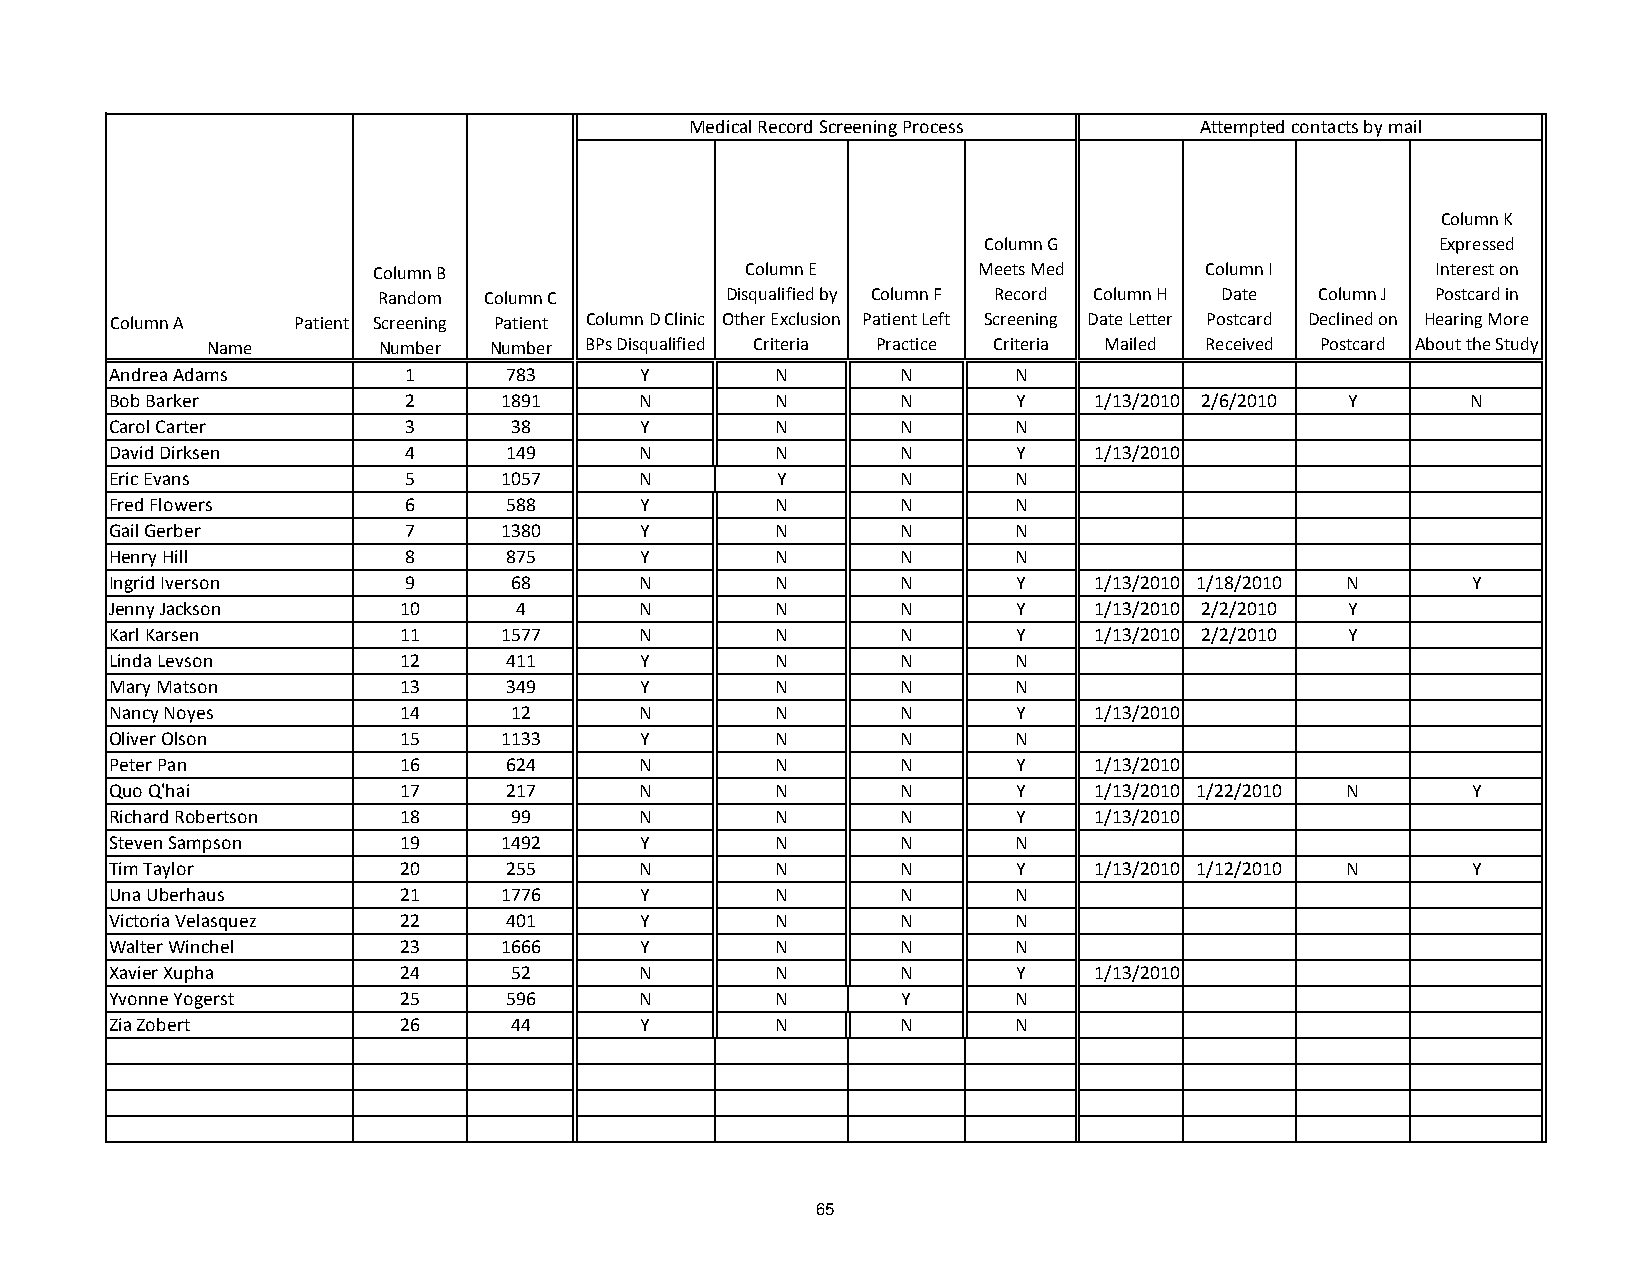
Medical Record Screening Process  Attempted contacts by mail
 Column K
 Column G                      Expressed
 Column B                 Column E       Meets Med      Column I        Interest on
 Random Column C        Disqualified by Column F Record Column H Date Column J Postcard in
 Column A    Patient Screening Patient Column D Clinic Other Exclusion Patient Left Screening Date Letter Postcard Declined on Hearing More
 Name        Number Number BPs Disqualified Criteria Practice Criteria Mailed Received Postcard About the Study
 Andrea Adams       1      783      Y        N       N       N
 Bob Barker         2      1891     N        N       N       Y    1/13/2010 2/6/2010 Y     N
 Carol Carter       3      38       Y        N       N       N
 David Dirksen      4      149      N        N       N       Y    1/13/2010
 Eric Evans         5      1057     N        Y       N       N
 Fred Flowers       6      588      Y        N       N       N
 Gail Gerber        7      1380     Y        N       N       N
 Henry Hill         8      875      Y        N       N       N
 Ingrid Iverson     9      68       N        N       N       Y    1/13/2010 1/18/2010 N    Y
 Jenny Jackson      10      4       N        N       N       Y    1/13/2010 2/2/2010 Y
 Karl Karsen        11     1577     N        N       N       Y    1/13/2010 2/2/2010 Y
 Linda Levson       12     411      Y        N       N       N
 Mary Matson        13     349      Y        N       N       N
 Nancy Noyes        14     12       N        N       N       Y    1/13/2010
 Oliver Olson       15     1133     Y        N       N       N
 Peter Pan          16     624      N        N       N       Y    1/13/2010
 Quo Q'hai          17     217      N        N       N       Y    1/13/2010 1/22/2010 N    Y
 Richard Robertson  18     99       N        N       N       Y    1/13/2010
 Steven Sampson     19     1492     Y        N       N       N
 Tim Taylor         20     255      N        N       N       Y    1/13/2010 1/12/2010 N    Y
 Una Uberhaus       21     1776     Y        N       N       N
 Victoria Velasquez 22     401      Y        N       N       N
 Walter Winchel     23     1666     Y        N       N       N
 Xavier Xupha       24     52       N        N       N       Y    1/13/2010
 Yvonne Yogerst     25     596      N        N       Y       N
 Zia Zobert         26     44       Y        N       N       N
 65